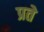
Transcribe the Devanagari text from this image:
प्रते